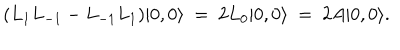
LaTeX: ( L _ { 1 } L _ { - 1 } - L _ { - 1 } L _ { 1 } ) | 0 , 0 \rangle \ = \ 2 L _ { 0 } | 0 , 0 \rangle \ = \ 2 A | 0 , 0 \rangle .